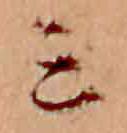
ミ